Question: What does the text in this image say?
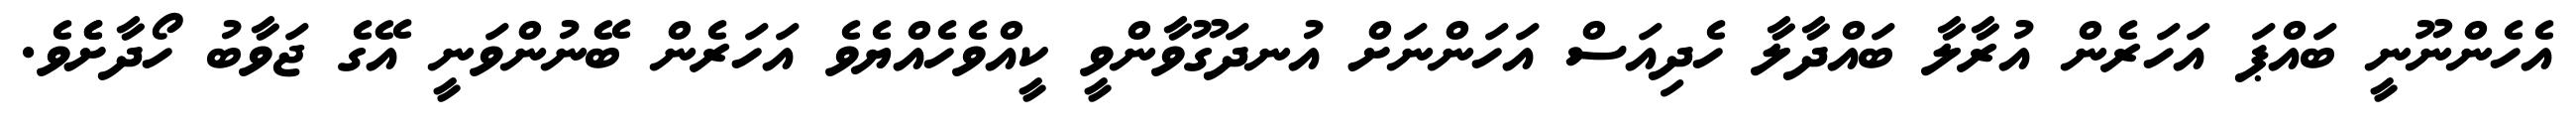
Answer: އެހެންނޫނީ ބައްޕަ އަހަރެން އުރާލާ ބައްދާލާ ހެދިއަސް އަހަންނަށް އުނދަގޫވާންވީ ކީއްވެހެއްޔެވެ އަހަރެން ބޭނުންވަނީ އޭގެ ޖަވާބު ހޯދާށެެވެ.